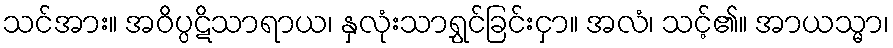
သင်အား။ အဝိပ္ပဋိသာရာယ၊ နှလုံးသာရွှင်ခြင်းငှာ။ အလံ၊ သင့်၏။ အာယသ္မာ၊